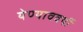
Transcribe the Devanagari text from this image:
येण्याववर्यी